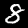
Digit: 8